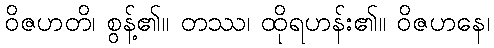
ဝိဇဟတိ၊ စွန့်၏။ တဿ၊ ထိုရဟန်း၏။ ဝိဇဟနေ၊